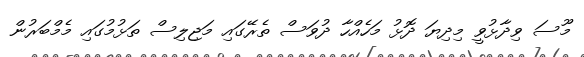
މޫސަ ވިދާޅުވީ މިދިޔަ ދޮޅު މަހެއްހާ ދުވަސް ތެރޭގައި މަޖިލިސް ތަޅުމުގައި މެމްބަރުން